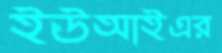
ইউআইএর